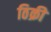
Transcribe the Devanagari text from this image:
ठिक्री